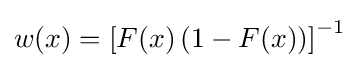
w(x)={\left[F(x)\left(1-F(x)\right)\right]}^{-1}